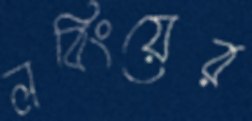
লবিংয়ের